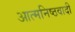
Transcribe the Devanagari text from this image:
आत्मनिष्ठवादी